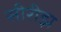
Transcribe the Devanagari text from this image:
सीरीझ